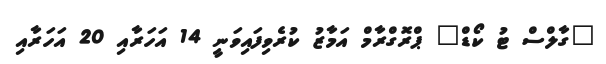
"ގާލްސް ޓު ކޯޑް" ޕްރޮގްރާމް އަމާޒު ކުރެވިފައިވަނީ 14 އަހަރާއި 20 އަހަރާއި